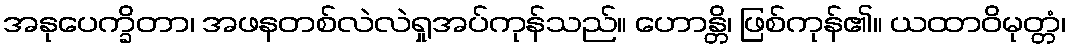
အနုပေက္ခိတာ၊ အဖနတစ်လဲလဲရှုအပ်ကုန်သည်။ ဟောန္တိ၊ ဖြစ်ကုန်၏။ ယထာဝိမုတ္တံ၊